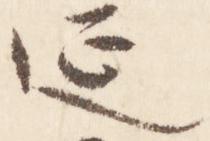
延